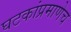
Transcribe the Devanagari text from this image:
घटकांप्रमाणेच